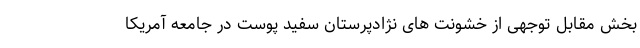
بخش مقابل توجهی از خشونت های نژادپرستان سفید پوست در جامعه آمریکا